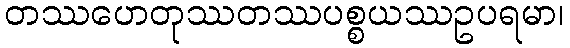
တဿဟေတုဿတဿပစ္စယဿဥပရမာ၊